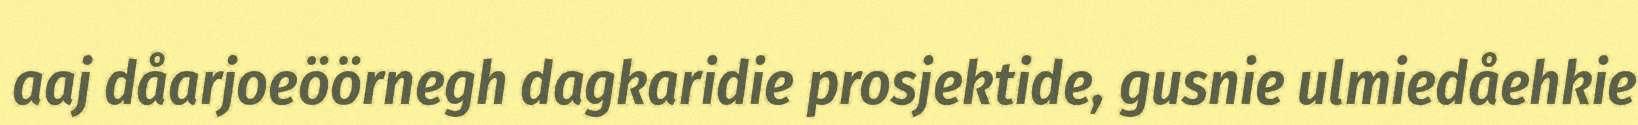
aaj dåarjoeöörnegh dagkaridie prosjektide, gusnie ulmiedåehkie